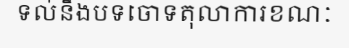
ទល់នឹងបទចោទតុលាការខណៈ